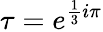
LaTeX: \tau=e^{{\frac{1}{3}}i\pi}